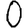
Digit: 0